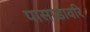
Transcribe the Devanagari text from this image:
पासाडावरि